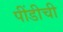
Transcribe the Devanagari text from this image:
पींडीची